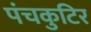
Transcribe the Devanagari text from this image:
पंचकुटिर